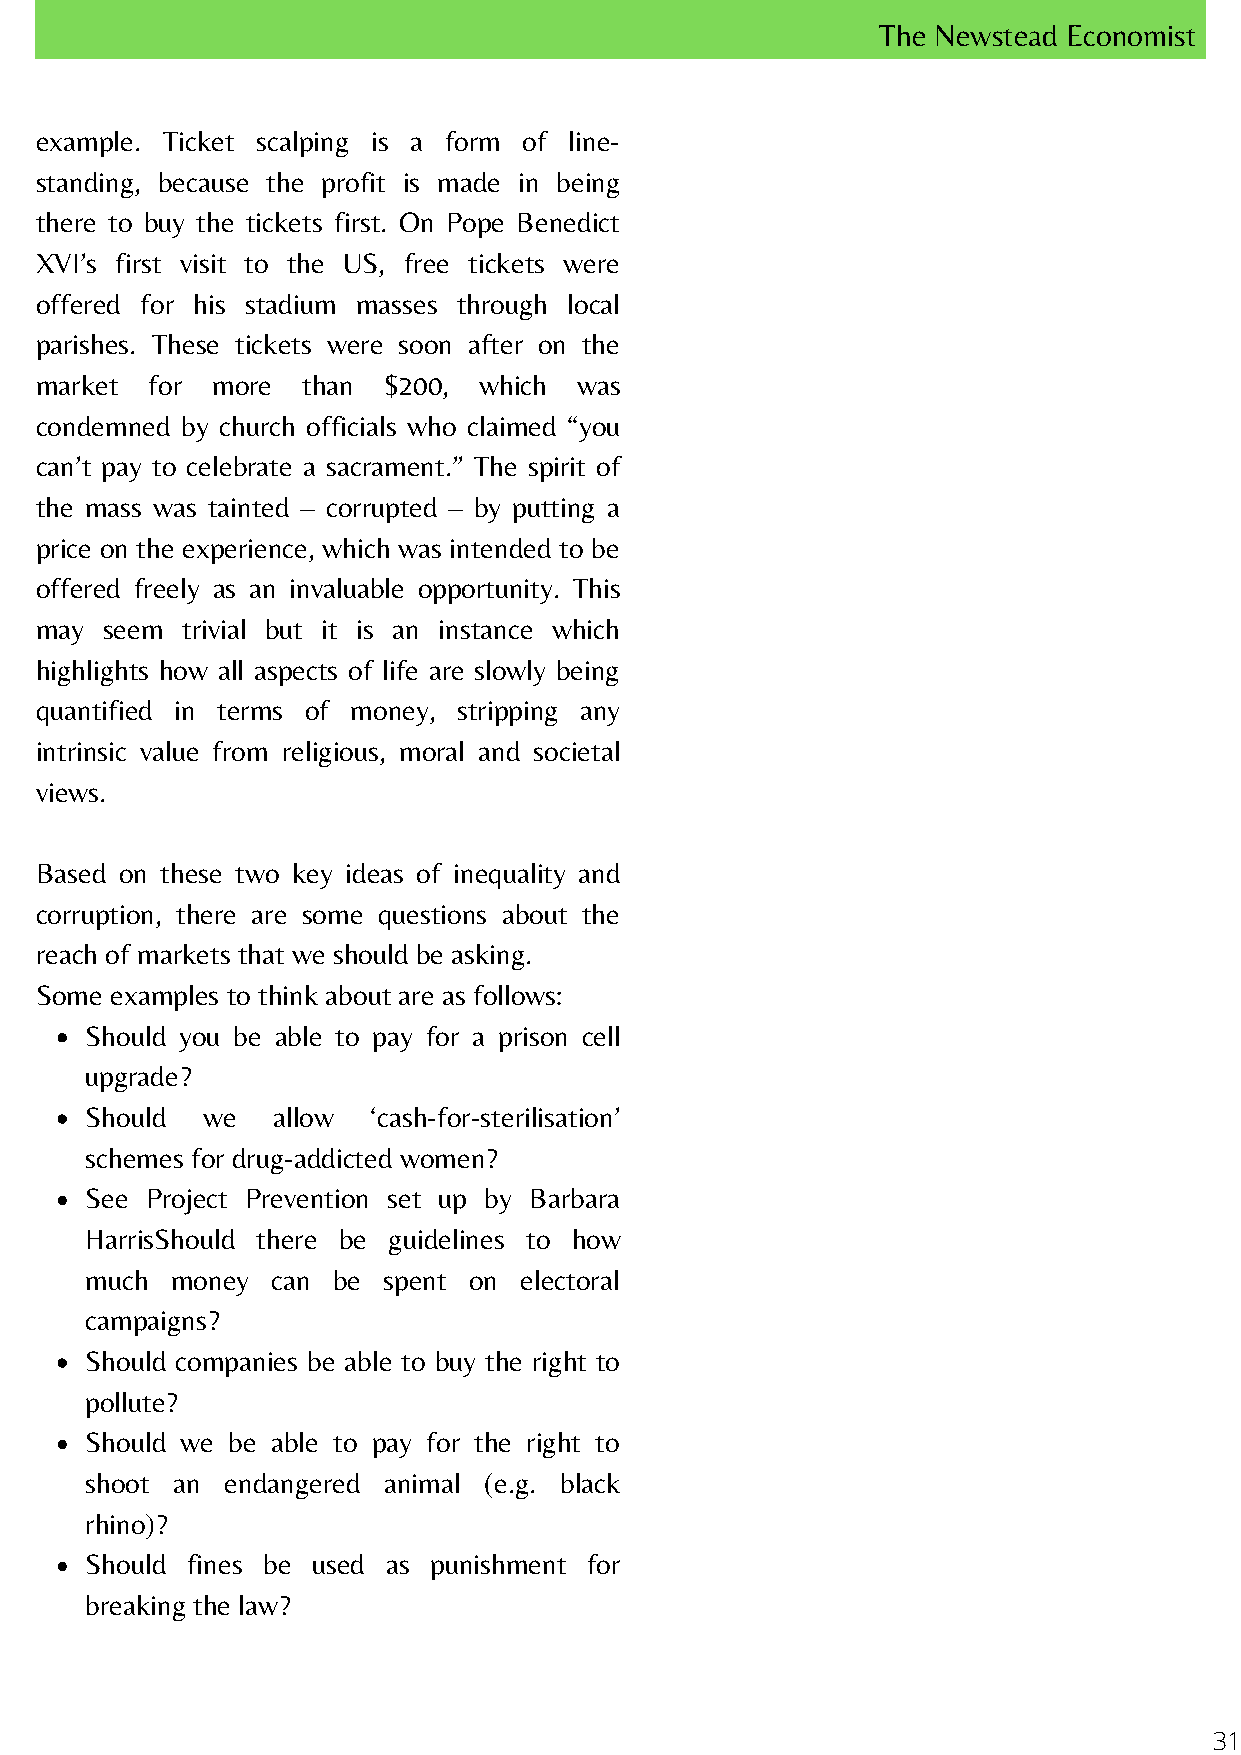
The Newstead Economist
 example. Ticket scalping is a form of line-
 standing, because the profit is made in being
 there to buy the tickets first. On Pope Benedict
 XVI’s first visit to the US, free tickets were
 offered for his stadium masses through local
 parishes. These tickets were soon after on the
 market  for more  than $200,  which was
 condemned by church officials who claimed “you
 can’t pay to celebrate a sacrament.” The spirit of
 the mass was tainted – corrupted – by putting a
 price on the experience, which was intended to be
 offered freely as an invaluable opportunity. This
 may  seem trivial but it is an instance which
 highlights how all aspects of life are slowly being
 quantified in terms of money, stripping any
 intrinsic value from religious, moral and societal
 views.
 Based on these two key ideas of inequality and
 corruption, there are some questions about the
 reach of markets that we should be asking.
 Some examples to think about are as follows:
 Should you be able to pay for a prison cell
 upgrade?
 Should we   allow  ‘cash-for-sterilisation’
 schemes for drug-addicted women?
 See Project Prevention set up by Barbara
 HarrisShould there be guidelines to how
 much money  can be spent on electoral
 campaigns?
 Should companies be able to buy the right to
 pollute?
 Should we be able to pay for the right to
 shoot an endangered animal (e.g. black
 rhino)?
 Should fines be used as punishment for
 breaking the law?
 31